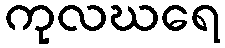
ကုလဃရေ